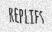
REPLIES